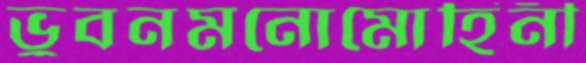
ভুবনমনোমোহিনী